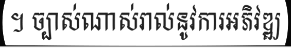
។ ច្បាស់ណាស់រាល់នូវការអភិវឌ្ឍ